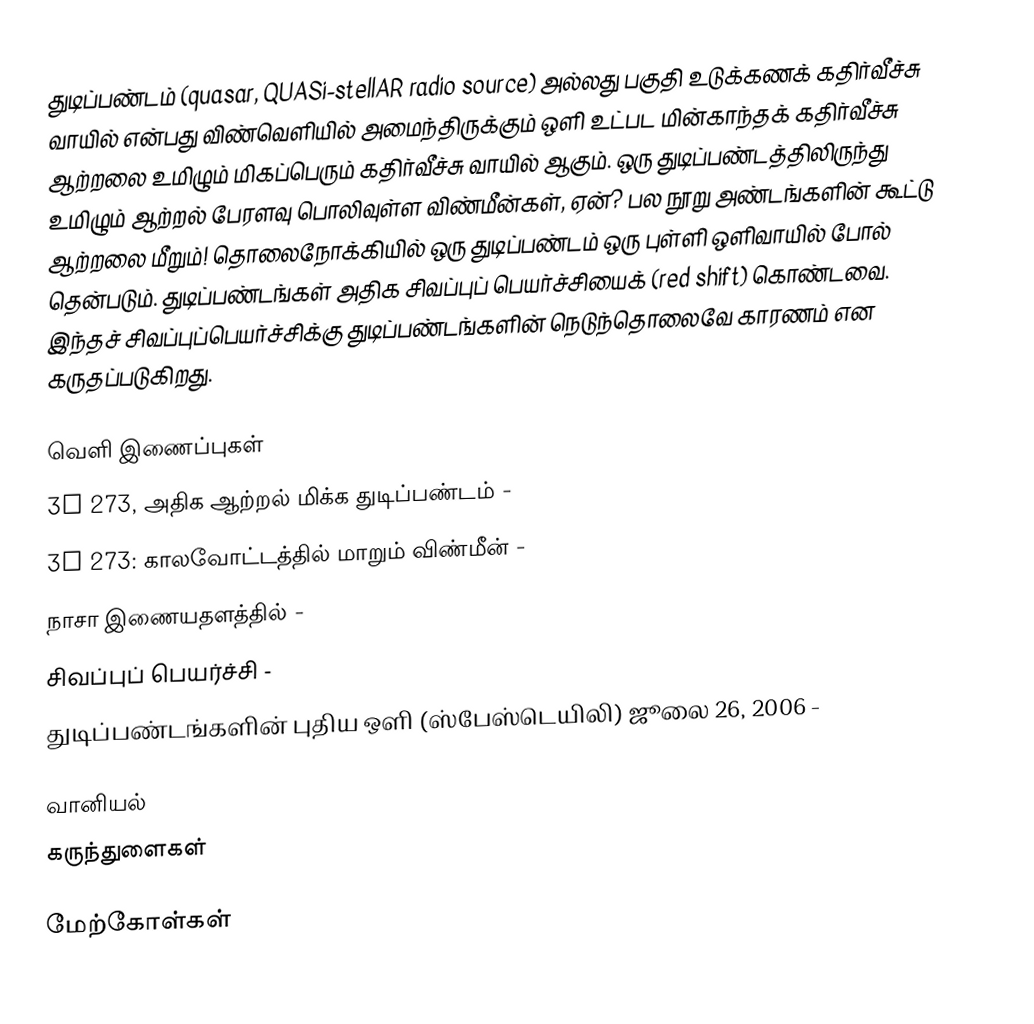
துடிப்பண்டம் (quasar, QUASi-stellAR radio source) அல்லது பகுதி உடுக்கணக் கதிர்வீச்சு வாயில் என்பது விண்வெளியில் அமைந்திருக்கும் ஒளி உட்பட மின்காந்தக் கதிர்வீச்சு ஆற்றலை உமிழும் மிகப்பெரும் கதிர்வீச்சு வாயில் ஆகும். ஒரு துடிப்பண்டத்திலிருந்து உமிழும் ஆற்றல் பேரளவு பொலிவுள்ள விண்மீன்கள், ஏன்? பல நூறு அண்டங்களின் கூட்டு ஆற்றலை மீறும்!  தொலைநோக்கியில் ஒரு துடிப்பண்டம் ஒரு புள்ளி ஒளிவாயில் போல் தென்படும். துடிப்பண்டங்கள் அதிக சிவப்புப் பெயர்ச்சியைக் (red shift) கொண்டவை. இந்தச் சிவப்புப்பெயர்ச்சிக்கு துடிப்பண்டங்களின் நெடுந்தொலைவே காரணம் என கருதப்படுகிறது.

வெளி இணைப்புகள்
3C 273, அதிக ஆற்றல் மிக்க துடிப்பண்டம் -
3C 273: காலவோட்டத்தில் மாறும் விண்மீன் -
நாசா இணையதளத்தில் -
சிவப்புப் பெயர்ச்சி  -
துடிப்பண்டங்களின் புதிய ஒளி (ஸ்பேஸ்டெயிலி) ஜூலை 26, 2006 -

வானியல்
கருந்துளைகள்

மேற்கோள்கள்